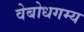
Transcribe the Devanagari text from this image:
वेबोधगम्य